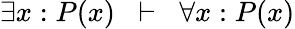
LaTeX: \exists x:P(x)\; \; \vdash\; \; \forall x:P(x)